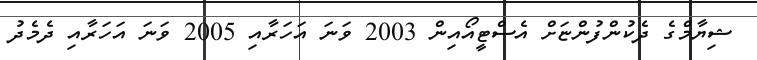
ޝިޔާމްގެ ދެކުންފުންޏަށް އެސްޓީއޯއިން 2003 ވަނަ އަހަރާއި 2005 ވަނަ އަހަރާއި ދެމެދު